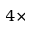
4 \times